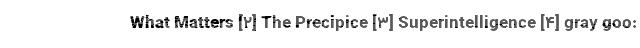
What Matters [۲] The Precipice [۳] Superintelligence [۴] gray goo: